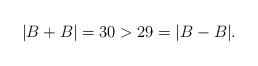
LaTeX: \begin{align*}|B+B| = 30 > 29 = |B -B|.\end{align*}